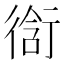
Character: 𮕣